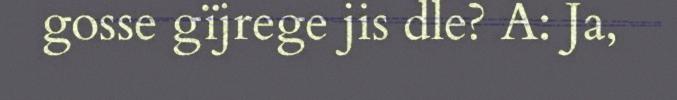
gosse gïjrege jis dle? A: Ja,